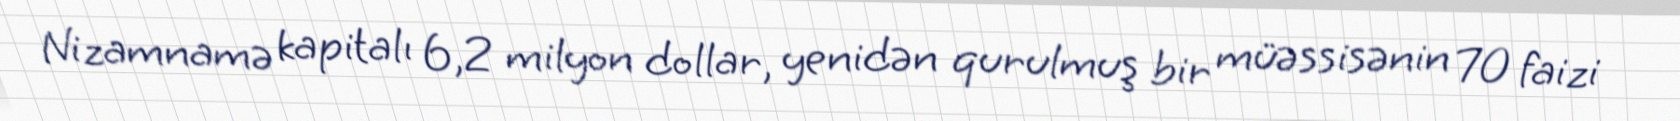
Nizamnamə kapitalı 6,2 milyon dollar, yenidən qurulmuş bir müəssisənin 70 faizi